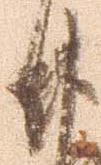
廿